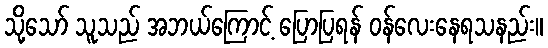
သို့သော် သူသည် အဘယ်ကြောင့် ပြောပြရန် ဝန်လေးနေရသနည်း။